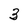
Character: 3